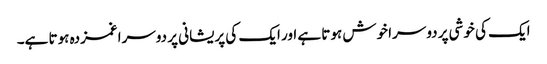
ایک کی خوشی پر دوسرا خوش ہوتا ہے اور ایک کی پریشانی پر دوسرا غمزدہ ہوتا ہے۔